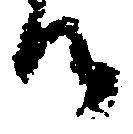
候